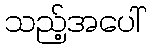
သည့်အပေါ်